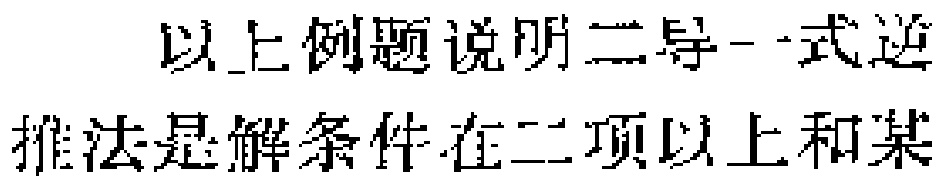
以上例题说明二导一式逆

推法是解条件在二项以上和某